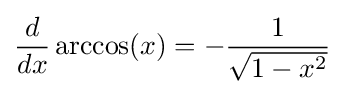
{\frac {d}{dx}}\arccos(x)=-{\frac {1}{\sqrt {1-x^{2}}}}